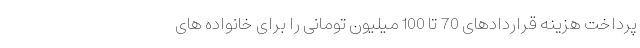
پرداخت هزینه قراردادهای 70 تا 100 میلیون تومانی را برای خانواده های